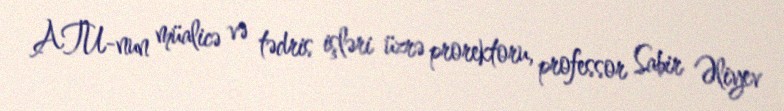
ATU-nun müalicə və tədris işləri üzrə prorektoru, professor Sabir Əliyev